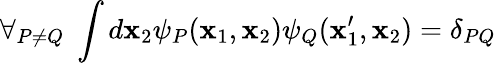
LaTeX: \forall_{P\neq Q}\; \int d\mathbf{x}_{2}\psi_{P}(\mathbf{x}_{1},\mathbf{x}_{2})\psi_{Q}(\mathbf{x}_{1}^{\prime},\mathbf{x}_{2})=\delta_{PQ}